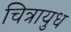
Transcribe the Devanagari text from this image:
चित्रायुध